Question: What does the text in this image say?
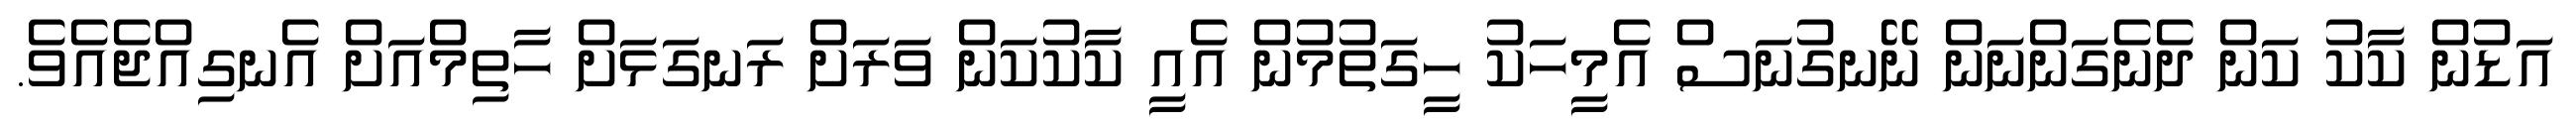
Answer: އަޑުން ކާކު ކަން ދެނެގަންނަން ނޭނގުނަސް އެމީހަކު ހީގަތުމުން އެއީ ކާކުކަން ވަރަށް ރަނގަޅަށް ހާތިމްއަށް އެނގިއްޖެއެވެ.